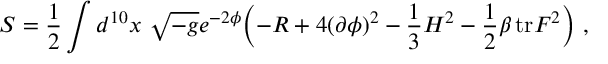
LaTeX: S = { \frac { 1 } { 2 } } \int d ^ { 1 0 } x \ \sqrt { - g } e ^ { - 2 \phi } \biggl ( - R + 4 ( \partial \phi ) ^ { 2 } - { \frac { 1 } { 3 } } H ^ { 2 } - { \frac { 1 } { 2 } } \beta \, \mathrm { t r } F ^ { 2 } \biggr ) \ ,